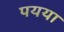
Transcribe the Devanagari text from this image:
पयया